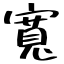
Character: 寬